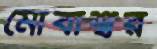
মোবাশ্বর